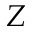
Z